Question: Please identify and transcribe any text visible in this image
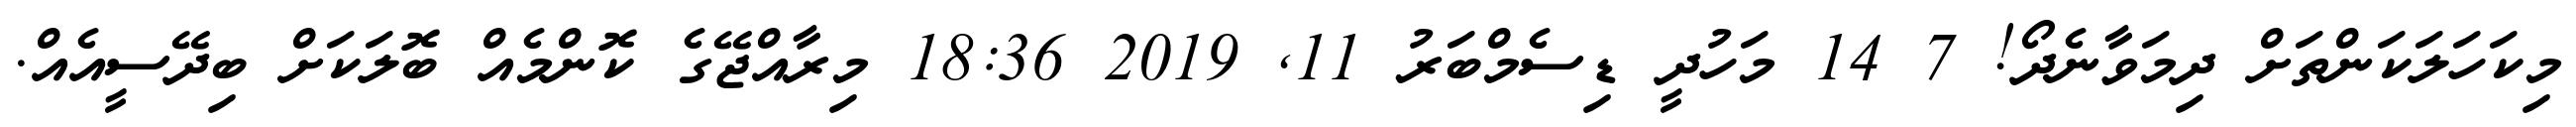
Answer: މިކަހަލަކަންތަށް ދިމަވާނެދޯ! 7 14 މަހުދީ ޑިސެމްބަރު 11, 2019 18:36 މިރާއްޖޭގެ ކޮންމެއް ބޮލަކަށް ބިދޭސީއެއް.